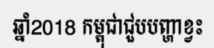
ឆ្នាំ2018 កម្ពុជាជួបបញ្ហាខ្វះ